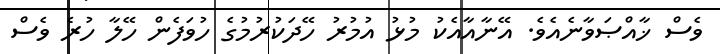
ވެސް ޚާއްޞަވާނެއެވެ. އޭނާއާއެކު މުޅު އުމުރު ހޭދަކުރުމުގެ ހުވަފެން ހޭލާ ހުރެ ވެސް